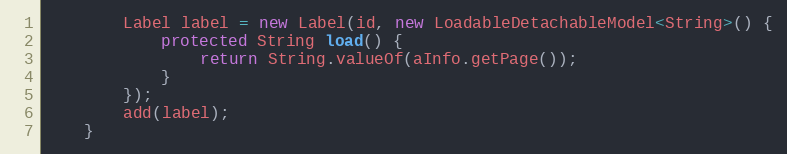
Language: Java
        Label label = new Label(id, new LoadableDetachableModel<String>() {
            protected String load() {
                return String.valueOf(aInfo.getPage());
            }
        });
        add(label);
    }